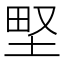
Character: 𡌛